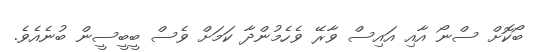
ބޯކޮށް ސްނޯ އާއި އައިސް ވާރޭ ވެހެމުންދާ ކަމަށް ވެސް ބީބީސީން ބުނެއެވެ.